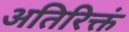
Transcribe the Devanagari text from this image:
अतिरिक्तं